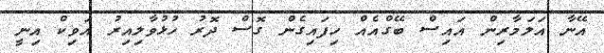
އޭނާ އަލަމާރިން އައިސް ބޭގްއެއް ހިފައިގެން ގޮސް ދޮރު ހުޅުވާލިއިރު އަވިކް އިނީ